画像に写った文字を読んでください
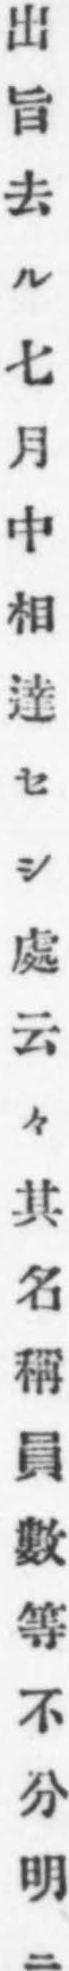
「出旨去ル七月中相達セシ處云々其名稱員數等不分明ニ」と書いてあります